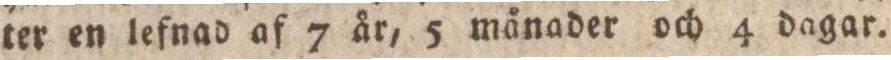
ter en lefnad af 7 år, 5 månader och 4 dagar.